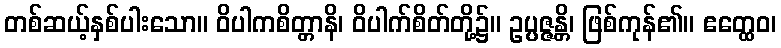
တစ်ဆယ့်နှစ်ပါးသော။ ဝိပါကစိတ္တာနိ၊ ဝိပါက်စိတ်တို့၌။ ဥပ္ပဇ္ဇန္တိ၊ ဖြစ်ကုန်၏။ ဧတ္ထေဝ၊